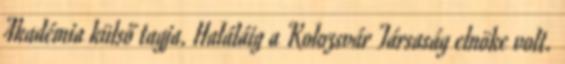
Akadémia külső tagja. Haláláig a Kolozsvár Társaság elnöke volt.